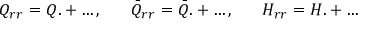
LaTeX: Q _ { r r } = Q . + \ldots , \; \; \; \; \; \; \bar { Q } _ { r r } = \bar { Q } . + \ldots , \; \; \; \; \; \; H _ { r r } = H . + \ldots